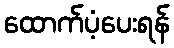
ထောက်ပံ့ပေးရန်